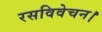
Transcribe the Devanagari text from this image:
रसविवेचन।